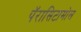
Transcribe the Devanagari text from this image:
पॅरासिटामोल